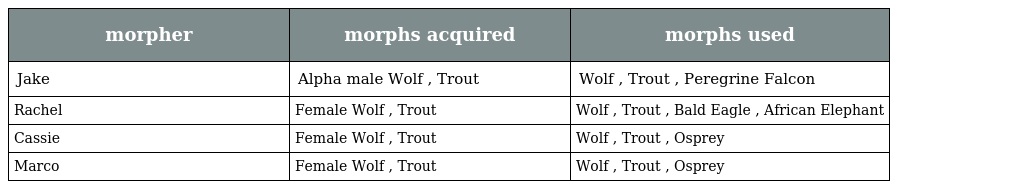
| morpher | morphs acquired | morphs used |
 | --- | --- | --- |
 | Jake | Alpha male Wolf , Trout | Wolf , Trout , Peregrine Falcon |
 | Rachel | Female Wolf , Trout | Wolf , Trout , Bald Eagle , African Elephant |
 | Cassie | Female Wolf , Trout | Wolf , Trout , Osprey |
 | Marco | Female Wolf , Trout | Wolf , Trout , Osprey |